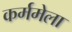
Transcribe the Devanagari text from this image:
कर्ममेला